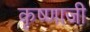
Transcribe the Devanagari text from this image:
कॄष्‍णाजी